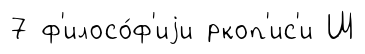
7 ф'илосо́ф'иjи ркоп'ис'и Ш